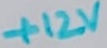
Text: +12V